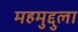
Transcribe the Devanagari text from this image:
महमुद्दुला